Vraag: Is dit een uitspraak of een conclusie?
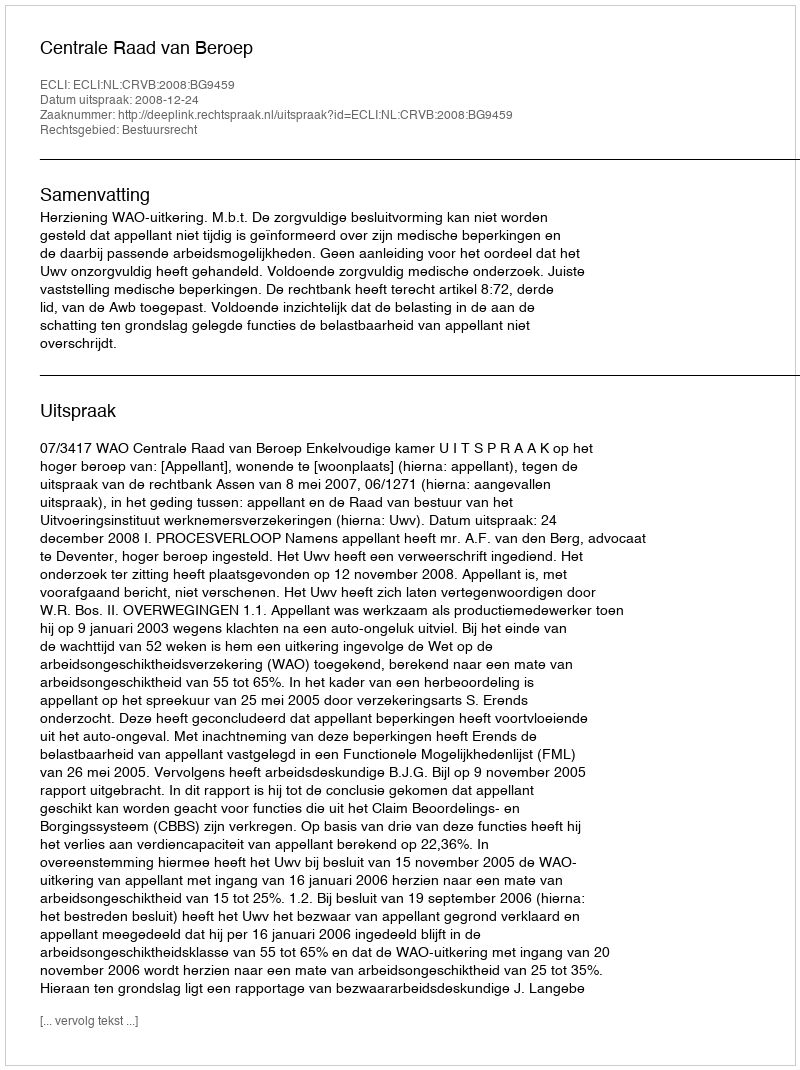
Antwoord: Uitspraak